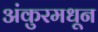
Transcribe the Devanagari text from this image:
अंकुरमधून